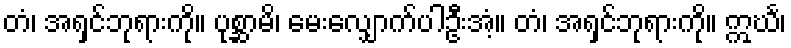
တံ၊ အရှင်ဘုရားကို။ ပုစ္ဆာမိ၊ မေးလျှောက်ပါဦးအံ့။ တံ၊ အရှင်ဘုရားကို။ ဣင်္ဃ၊